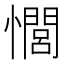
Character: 𢣻